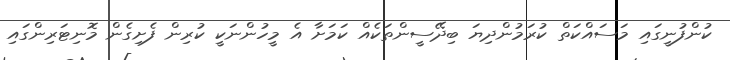
ކުންފުނީގައި މަސައްކަތް ކުރަމުންދިޔަ ބިދޭސީންތަކެއް ކަމަށާ އެ މީހުންނަކީ ކުރިން ފެށިގެން މޮނިޓަރިންގައި